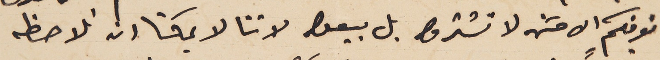
نعرفكم الاحسَن لا تشتروا بل بيعوا لاننا لا يمكننا ان نلاحظ